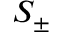
S _ { \pm }